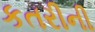
કતરીની